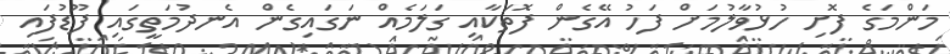
މަންމަގެ ފޮށި ހުޅުވާލުމަށް ފަހު އޭގެން ފޮތަކާއި ގަލަމެއް ނަގައިގެން އެނދުމަތީގައި ފޫޑުފައި